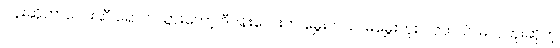
ပန်းဆိုတာလေးဆီ ရောက်သွားတော့ ဒီပန်းလေးက မွှေးတယ်၊ မမွှေးဘူး၊ လှတယ်၊ မလှဘူးဆိုတဲ့